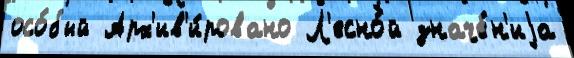
осо́бый Арх'ив'и́ровано Л'есно́й значе́н'иjа